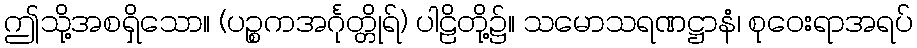
ဤသို့အစရှိသော။ (ပဉ္စကအင်္ဂုတ္တိုရ်) ပါဠိတို့၌။ သမောသရဏဋ္ဌာနံ၊ စုဝေးရာအရပ်